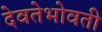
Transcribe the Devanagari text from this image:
देवतेभोवती